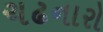
ચઢનારો